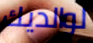
لوالديك